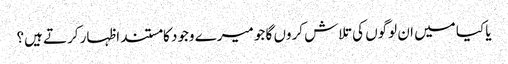
یا کیا میں ان لوگوں کی تلاش کروں گا جو میرے وجود کا مستند اظہار کرتے ہیں؟